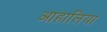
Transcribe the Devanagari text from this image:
आहालिया